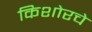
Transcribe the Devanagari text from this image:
किशोरचे